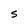
Character: S